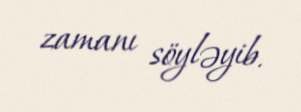
zamanı söyləyib.